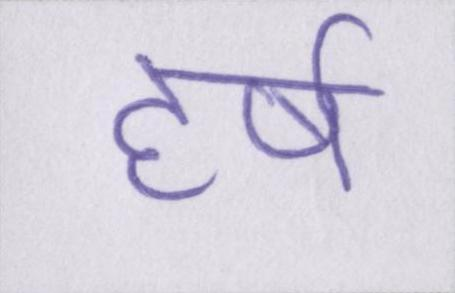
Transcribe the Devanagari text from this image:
हर्ष